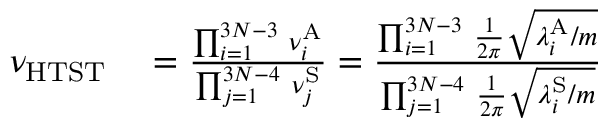
\begin{array} { r l } { \nu _ { \mathrm { H T S T } } } & { { } = \frac { \prod _ { i = 1 } ^ { 3 N - 3 } \, \nu _ { i } ^ { \mathrm { A } } } { \prod _ { j = 1 } ^ { 3 N - 4 } \, \nu _ { j } ^ { \mathrm { S } } } = \frac { \prod _ { i = 1 } ^ { 3 N - 3 } \, \frac { 1 } { 2 \pi } \sqrt { \lambda _ { i } ^ { \mathrm { A } } / m } } { \prod _ { j = 1 } ^ { 3 N - 4 } \, \frac { 1 } { 2 \pi } \sqrt { \lambda _ { i } ^ { \mathrm { S } } / m } } } \end{array}